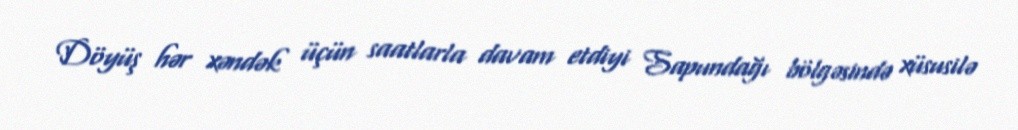
Döyüş hər xəndək üçün saatlarla davam etdiyi Sapundağı bölgəsində xüsusilə